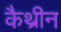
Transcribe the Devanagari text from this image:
कैथ्रीन